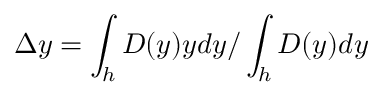
\Delta y = \int _ { h } D ( y ) y d y / \int _ { h } D ( y ) d y